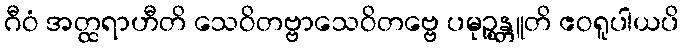
ဂီဝံ အတ္ထရာဟီတိ သေဝိတဗ္ဗာသေဝိတဗ္ဗေ ပမုဉ္စန္တူတိ ဧဝရူပါယပိ